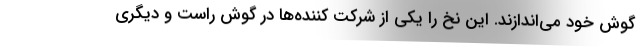
گوش خود می‌اندازند. این نخ را یکی از شرکت کننده‌ها در گوش راست و دیگری